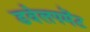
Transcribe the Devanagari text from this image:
डवेलपमेंट